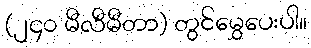
(၂၄၀ မီလီမီတာ) တွင်မွှေပေးပါ။